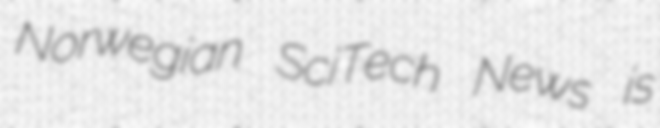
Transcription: Norwegian SciTech News is